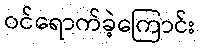
ဝင်ရောက်ခဲ့ကြောင်း